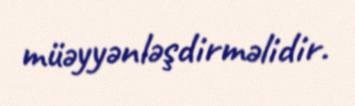
müəyyənləşdirməlidir.